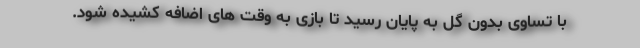
با تساوی بدون گل به پایان رسید تا بازی به وقت های اضافه کشیده شود.